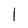
Character: l